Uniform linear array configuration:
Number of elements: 16
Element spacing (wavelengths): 0.25
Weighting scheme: kaiser
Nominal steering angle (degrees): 60
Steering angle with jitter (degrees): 60.61
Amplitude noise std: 0.05
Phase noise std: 0.05

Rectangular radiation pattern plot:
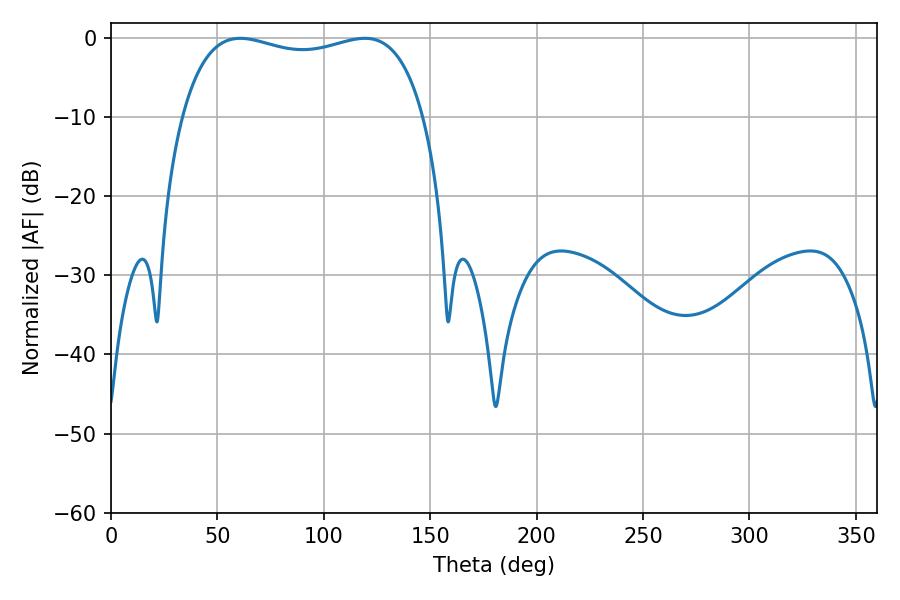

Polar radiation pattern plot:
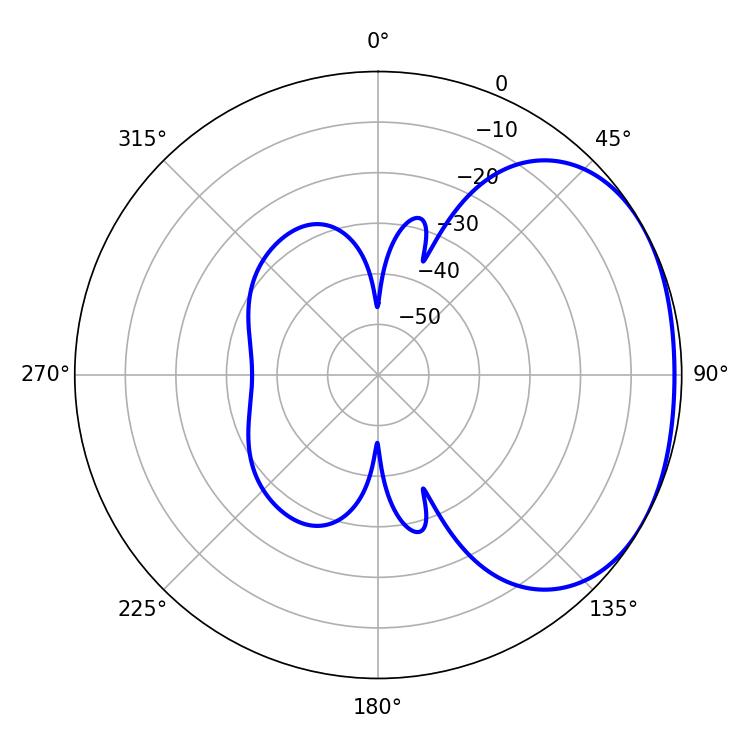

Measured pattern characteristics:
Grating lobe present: FALSE
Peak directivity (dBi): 1.924
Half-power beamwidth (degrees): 92.52
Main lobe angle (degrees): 60.66